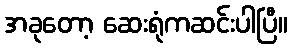
အခုတော့ ဆေးရုံကဆင်းပါပြီ။